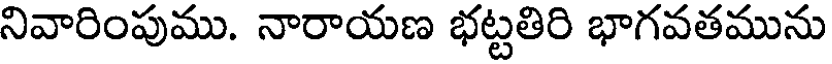
నివారింపుము. నారాయణ భట్టతిరి భాగవతమును